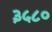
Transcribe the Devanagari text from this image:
३५८०